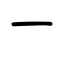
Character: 一